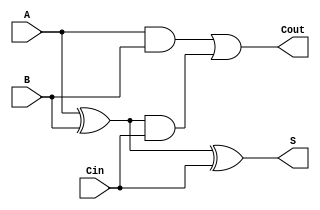
`timescale 1ns / 1ns

module design_1(A, B, Cin, S, Cout);
input A, B, Cin;
output S, Cout;

    wire wab, wabc;
    wire worab;
        
    and and1(wab, A, B);
    xor xor1(worab, A, B);
    and and2(wabc, worab, Cin);
    xor  xor2(S, worab, Cin);
    or or1(Cout, wab, wabc);

endmodule